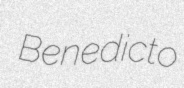
Benedicto